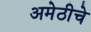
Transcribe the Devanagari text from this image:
अमेठीचे